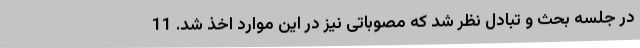
در جلسه بحث و تبادل نظر شد که مصوباتی نیز در این موارد اخذ شد. 11